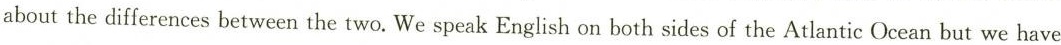
about the differences between the two. We speak English on both sides of the Atlantic Ocean but we have